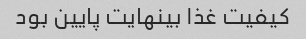
کیفیت غذا بینهایت پایین بود